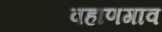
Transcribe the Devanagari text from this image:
वहाणगाव